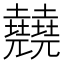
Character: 㚁